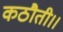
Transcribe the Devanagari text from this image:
कठौती।।